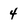
Character: 4